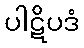
ပါဋိပဒံ